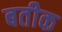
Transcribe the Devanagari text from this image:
बतीक